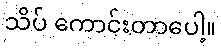
သိပ် ကောင်းတာပေါ့။